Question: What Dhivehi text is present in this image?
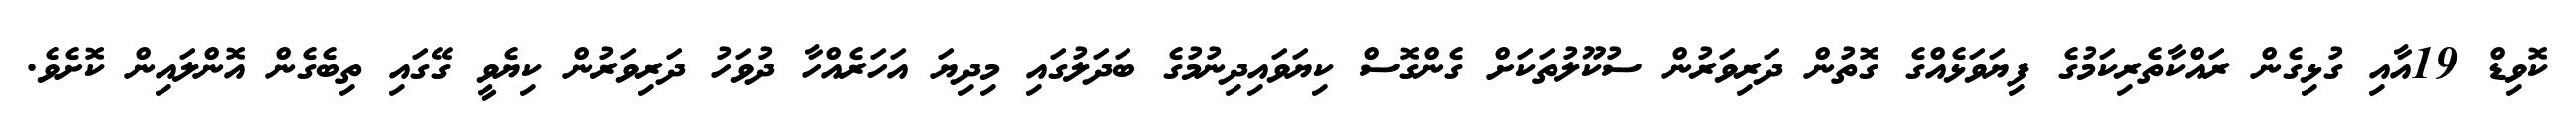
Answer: ކޮވިޑް 19އާއި ގުޅިގެން ރައްކާތެރިކަމުގެ ފިޔަވަޅެއްގެ ގޮތުން ދަރިވަރުން ސުކޫލުތަކަށް ގެންގޮސް ކިޔަވައިދިނުމުގެ ބަދަލުގައި މިދިޔަ އަހަރެއްހާ ދުވަހު ދަރިވަރުން ކިޔެވީ ގޭގައި ތިބެގެން އޮންލައިން ކޮށެވެ.